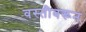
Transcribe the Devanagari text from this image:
वस्तीवरून